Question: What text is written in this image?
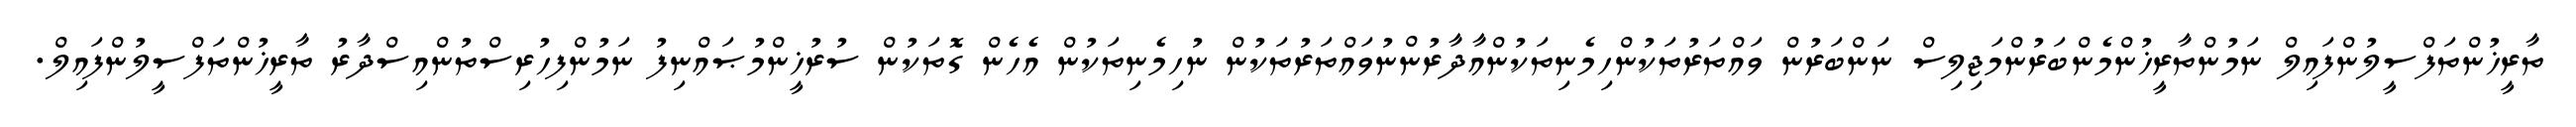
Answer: ތާރީޚުންތަފްސީލުންފައިލް ނަމުންތާރީޚުންމެންބަރުންމަޖިލިސް ނަންބަރުން ވައްތަރުތަކުންހިމެނިތަކުންއާދާރުންނުވައްތަރުތަކުން ނުހިމެނިތަކުން އެހެން ގޮތަކުން ސުރުޚީންމުޞައްނިފު ނަމުންފިހުރިސްތުންއިސްދާރު ތާރީޚުންތަފްސީލުންފައިލް.